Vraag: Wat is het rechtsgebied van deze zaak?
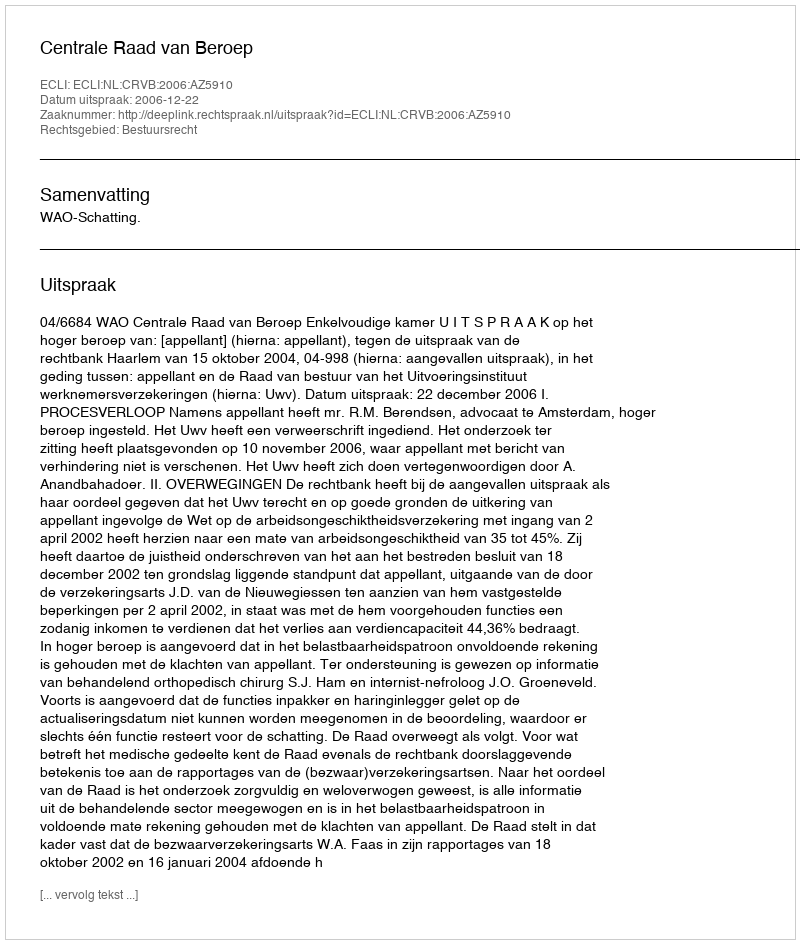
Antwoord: Bestuursrecht